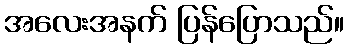
အလေးအနက် ပြန်ပြောသည်။